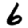
Digit: 6